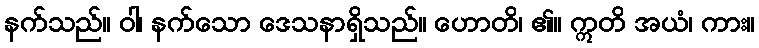
နက်သည်။ ဝါ၊ နက်သော ဒေသနာရှိသည်။ ဟောတိ၊ ၏။ ဣတိ အယံ၊ ကား။